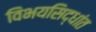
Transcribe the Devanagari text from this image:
विभयसिद्धांत